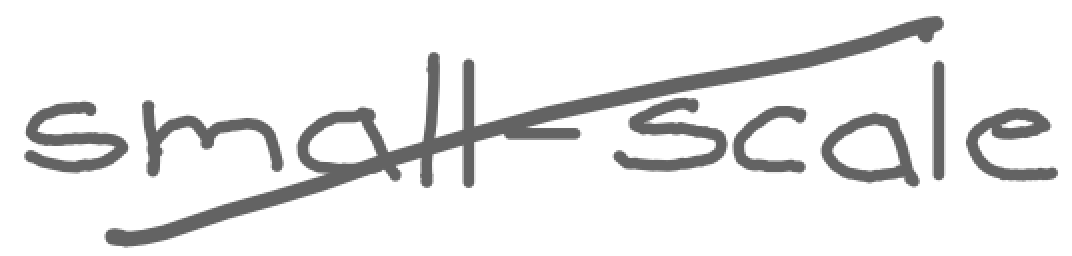
Text: small-scale
Cross-out: diagonal
Writing tool: digital_gray